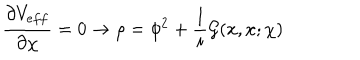
LaTeX: \frac { \partial V _ { e f f } } { \partial \chi } = 0 \rightarrow \rho = \phi ^ { 2 } + \frac { 1 } { i } { \cal G } ( x , x ; \chi )